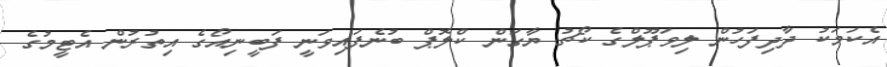
އެކަމަކު ދާދިފަހުން ލިވަޕޫލްގެ ކޯޗު ޔާގަން ކްލޮޕް ބުނެފައިވަނީ ފަބީނިއޯގެ އިތުރުން އެޓީމުގެ